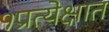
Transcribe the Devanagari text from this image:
१प्रत्येक्षात